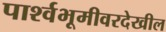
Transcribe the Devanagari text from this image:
पार्श्वभूमीवरदेखील